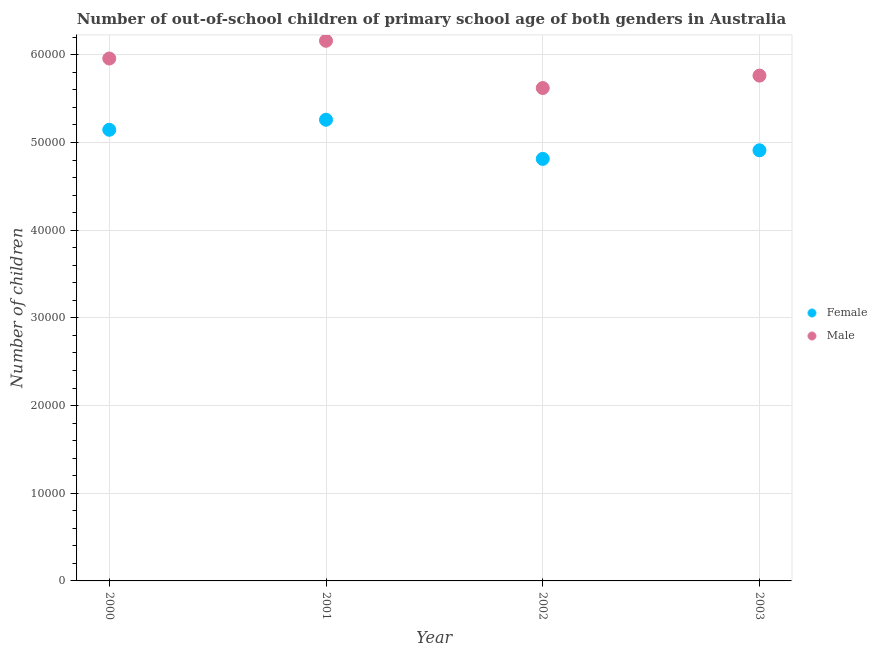
| Year | Female | Male |
 | --- | --- | --- |
 | 2000 | 5.14e+04 | 5.96e+04 |
 | 2001 | 5.26e+04 | 6.16e+04 |
 | 2002 | 4.81e+04 | 5.62e+04 |
 | 2003 | 4.91e+04 | 5.76e+04 |